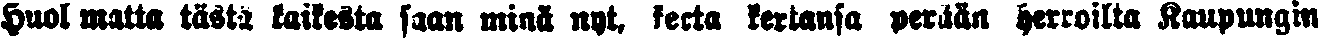
Huol matta tästä kaikesta saan minä nyt, kerta kertansa perään herroilta Kaupungin